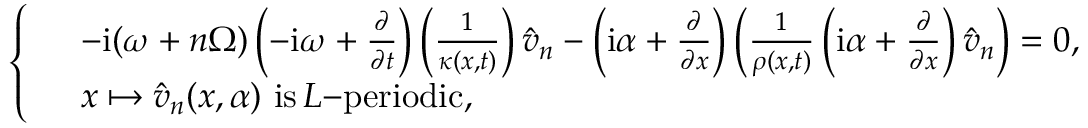
\left\{ \begin{array} { r l } & { - \mathrm { i } { ( \omega + n \Omega ) } \left( - \mathrm { i } \omega + \frac { \partial } { \partial t } \right) \left( \frac { 1 } { \kappa ( x , t ) } \right) \Hat { v } _ { n } - \left( \mathrm { i } \alpha + \frac { \partial } { \partial x } \right) \left( \frac { 1 } { \rho ( x , t ) } \left( \mathrm { i } \alpha + \frac { \partial } { \partial x } \right) \Hat { v } _ { n } \right) = 0 , } \\ & { x \mapsto \Hat { v } _ { n } ( x , \alpha ) \, \, \mathrm { i s } \, L \mathrm { - p e r i o d i c } , } \end{array} \right.